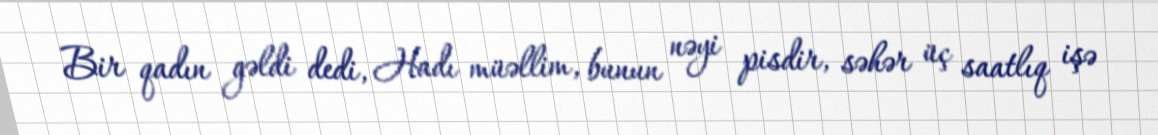
Bir qadın gəldi dedi, Hadı müəllim, bunun nəyi pisdir, səhər üç saatlıq işə